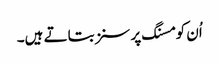
اُن کو مسنگ پرسنز بتاتے ہیں۔